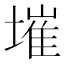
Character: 墔